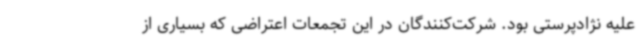
علیه نژادپرستی بود. شرکت‌کنندگان در این تجمعات اعتراضی که بسیاری از